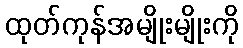
ထုတ်ကုန်အမျိုးမျိုးကို